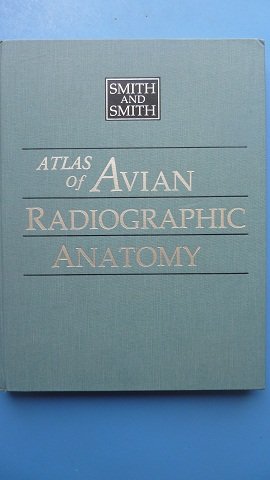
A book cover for Atlas of Avian Radiographic Anatomy; Stephen A. Smith; Medical Books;